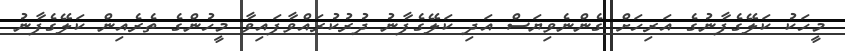
މީހަކު ކަލޭގެފާނުގެ އަރިހަށް ގެންނެވިޔަސް އަދި ކަލޭގެފާނު ދުރުކުރައްވާފައިވާ މީހުންގެ ތެރެއިން ކަލޭގެފާނު